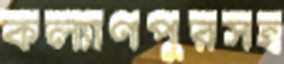
কল্যাণপুরসহ